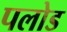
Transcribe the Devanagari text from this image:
पलोड